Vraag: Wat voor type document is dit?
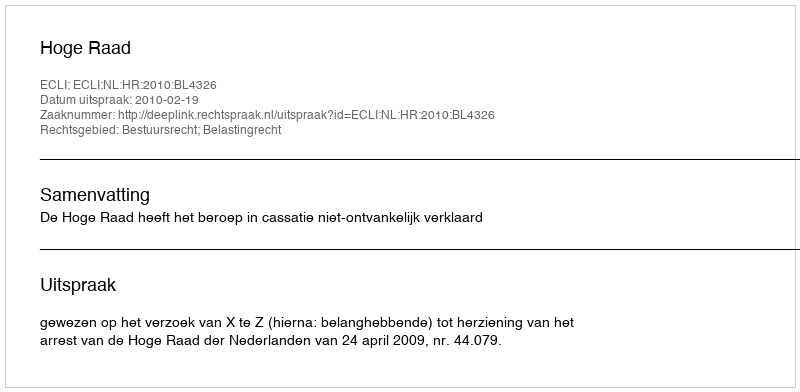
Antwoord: Uitspraak